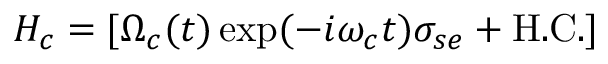
H _ { c } = [ \Omega _ { c } ( t ) \exp ( - i \omega _ { c } t ) \sigma _ { s e } + \mathrm { { H . C . } ] }